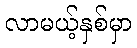
လာမယ့်နှစ်မှာ